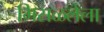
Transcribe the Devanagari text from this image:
मिसळलेला